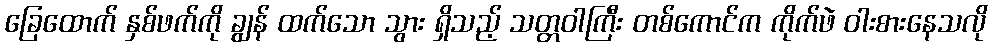
ခြေထောက် နှစ်ဖက်ကို ချွန် ထက်သော သွား ရှိသည့် သတ္တဝါကြီး တစ်ကောင်က ကိုက်ဖဲ ဝါးစားနေသလို